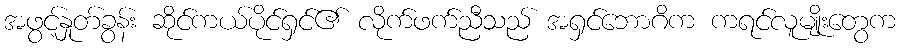
အဖွင့်နှုတ်ခွန်း ဆိုင်ကယ်ပိုင်ရှင်၏ လိုက်ဖက်ညီသည် အရှင်ဘောဂိက ကရင်လူမျိုးတွေက